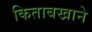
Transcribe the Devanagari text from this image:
किताबखाने